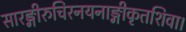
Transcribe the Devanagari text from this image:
सारङ्गीरुचिरनयनाङ्गीकृतशिवा।